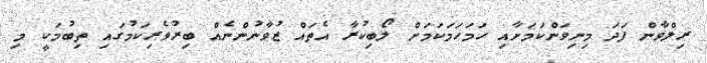
ރިލްވާން ފަދަ މިނިވަންކަމަށާއި ހަމަހަމަކަމަށް ލޯބިކުރާ އެތައް ޒުވާނުންނެއް ބިރުވެރިކަމުގައި ތިބުމަކީ މި